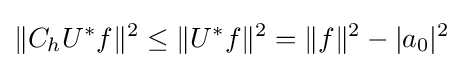
\|C_{h}U^{*}f\|^{2}\leq \|U^{*}f\|^{2}=\|f\|^{2}-|a_{0}|^{2}